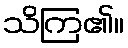
သိကြ၏။